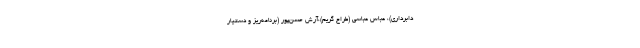
دابرداری)، عباس عباسی (طراح گریم)،آرش حسن‌پور (برنامه‌ریز و دستیار